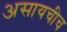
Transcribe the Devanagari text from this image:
असायचीच